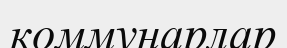
коммунарлар